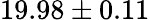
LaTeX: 19.98\pm 0.11